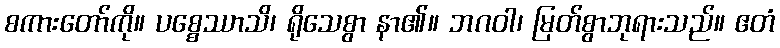
စကားတော်ကို။ ပစ္စေဿာသိ၊ ရိုသေစွာ နာ၏။ ဘဂဝါ၊ မြတ်စွာဘုရားသည်။ ဧတံ